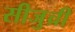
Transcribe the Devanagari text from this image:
सीजुच्री